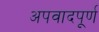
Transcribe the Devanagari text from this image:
अपवादपूर्ण